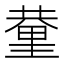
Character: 𨤬